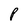
Character: P